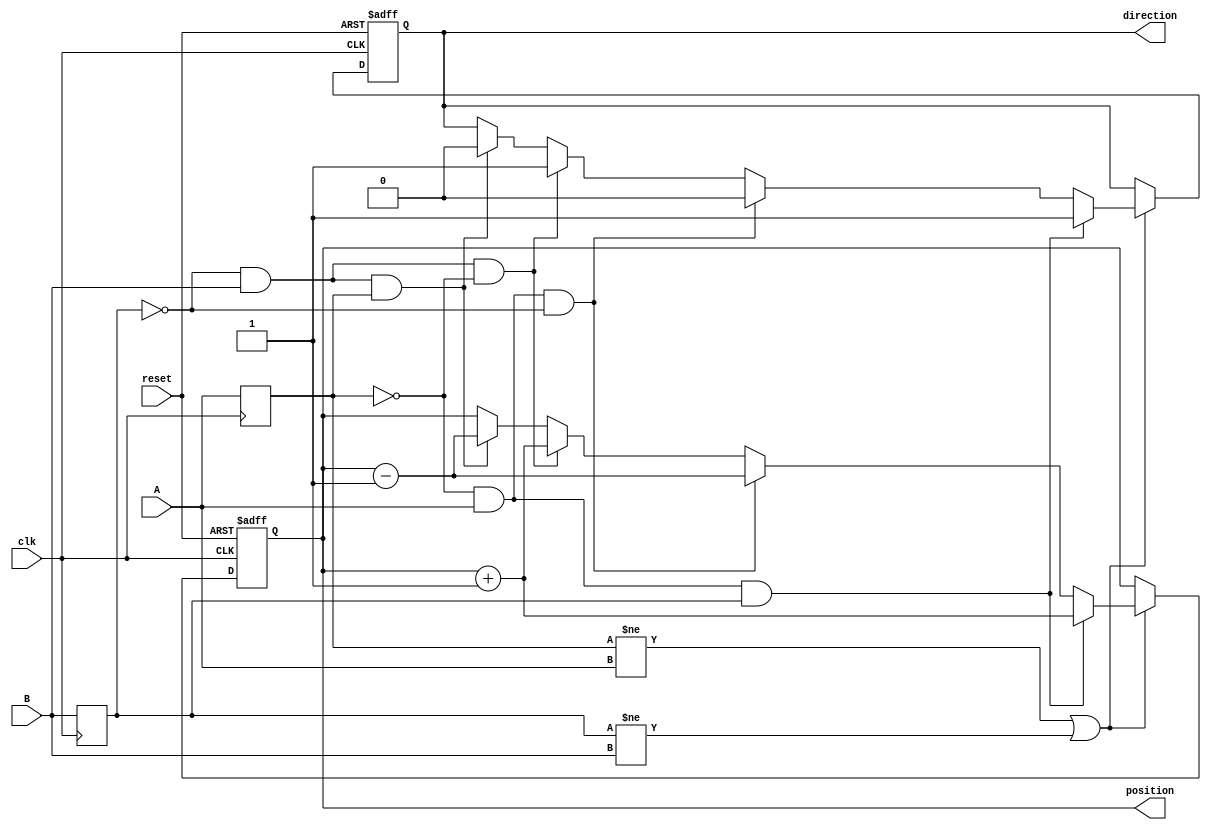
module rotary_encoder (
    input wire clk,          // Clock signal for synchronous operation
    input wire A,           // Signal A from the rotary encoder
    input wire B,           // Signal B from the rotary encoder
    input wire reset,       // Reset signal to set position to zero
    output reg [15:0] position, // Position count output (16-bit)
    output reg direction     // Direction output: 1 for clockwise, 0 for counterclockwise
);

    reg A_prev, B_prev;     // Previous states of A and B
    reg [1:0] state;        // State for debouncing
    reg [1:0] next_state;   // Next state for debouncing

    // Debouncing logic
    always @(posedge clk) begin
        A_prev <= A;
        B_prev <= B;
        state <= {A, B};
    end

    // Position counting logic
    always @(posedge clk or posedge reset) begin
        if (reset) begin
            position <= 16'b0; // Reset position to zero
            direction <= 1'b0;  // Default direction
        end else begin
            // Detect changes in A and B
            if (A_prev != A || B_prev != B) begin
                // Determine direction based on state transitions
                if (A_prev == 0 && A == 1 && B_prev == 1) begin
                    // A rises while B is high -> Clockwise
                    position <= position + 1;
                    direction <= 1'b1; // Clockwise
                end else if (A_prev == 0 && A == 1 && B_prev == 0) begin
                    // A rises while B is low -> Counterclockwise
                    position <= position - 1;
                    direction <= 1'b0; // Counterclockwise
                end else if (B_prev == 0 && B == 1 && A_prev == 0) begin
                    // B rises while A is low -> Clockwise
                    position <= position + 1;
                    direction <= 1'b1; // Clockwise
                end else if (B_prev == 0 && B == 1 && A_prev == 1) begin
                    // B rises while A is high -> Counterclockwise
                    position <= position - 1;
                    direction <= 1'b0; // Counterclockwise
                end
            end
        end
    end
endmodule